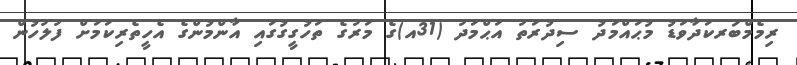
ރިމެމްބަރކަދާވަޑު މުޙައްމަދު ސިދުރަތު އަޙްމަދު (31އ)ގެ މަރުގެ ތަހުގީގުގައި އާންމުންގެ އެހީތެރިކަމަށް ފުލުހުން